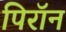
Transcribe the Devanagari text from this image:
पिरॉन